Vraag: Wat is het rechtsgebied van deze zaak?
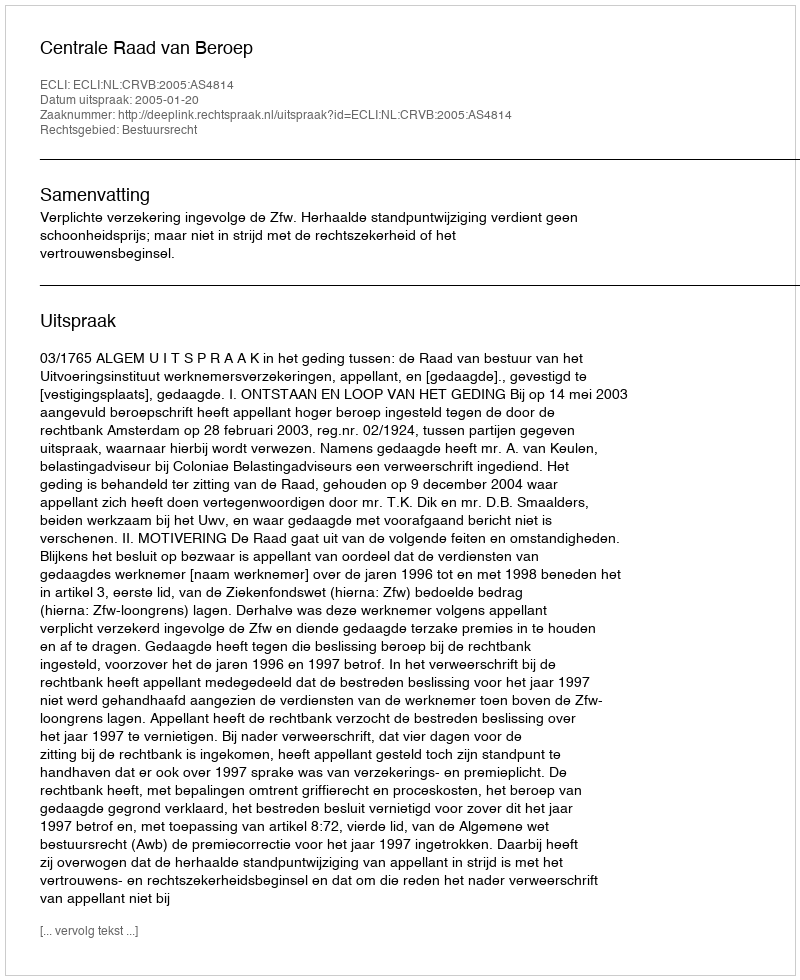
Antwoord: Bestuursrecht